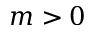
m > 0